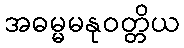
အဓမ္မမနုဝတ္တိယ